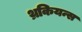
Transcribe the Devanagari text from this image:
थ्रकियन्स